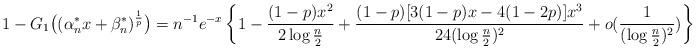
LaTeX: \begin{align*}1-G_1\big((\alpha^*_nx+\beta^*_n)^{\frac{1}{p}}\big)=n^{-1}e^{-x}\left\{1-\frac{(1-p)x^2}{2\log \frac{n}{2}}+\frac{(1-p)[3(1-p)x-4(1-2p)]x^{3}}{24(\log \frac{n}{2})^{2}}+o(\frac{1}{(\log \frac{n}{2})^{2}})\right\}.\end{align*}